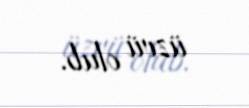
üzvü olub.